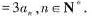
=3a_{n},n∈N°.